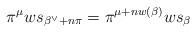
\begin{align*} \pi^\mu w s_{\beta^\vee + n \pi} = \pi^{\mu + n w(\beta)}w s_{\beta}\end{align*}